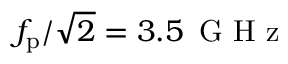
f _ { \mathrm { p } } / \sqrt { 2 } = 3 . 5 \, \mathrm { ~ G ~ H ~ z ~ }